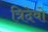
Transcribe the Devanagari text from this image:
त्रिदेवो